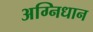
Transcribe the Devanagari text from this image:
अग्निधान